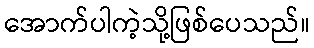
အောက်ပါကဲ့သို့ဖြစ်ပေသည်။